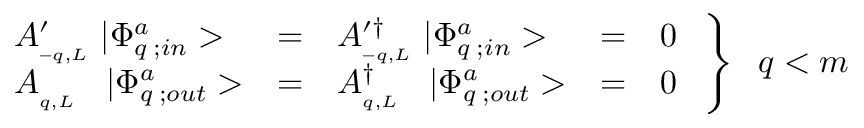
\left. { \begin{array} { l c l c l } { { A _ { _ { - q , L } } ^ { \prime } \; | \Phi _ { q \; ; i n } ^ { a } > } } & { { = } } & { { A _ { _ { - q , L } } ^ { \prime \dagger } \; | \Phi _ { q \; ; i n } ^ { a } > } } & { { = } } & { { 0 } } \\ { { A _ { _ { q , L } } \; \; \; | \Phi _ { q \; ; o u t } ^ { a } > } } & { { = } } & { { A _ { _ { q , L } } ^ { \dagger } \; \; \; | \Phi _ { q \; ; o u t } ^ { a } > } } & { { = } } & { { 0 } } \end{array} } \; \right\} \; \; q < m